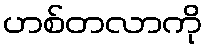
ဟစ်တလာကို